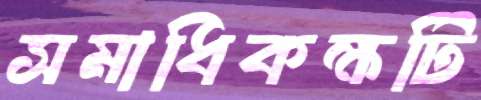
সমাধিকক্ষটি